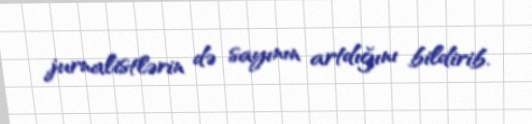
jurnalistlərin də sayının artdığını bildirib.